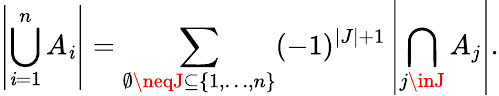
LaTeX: \left|\bigcup_{\mathit{i}=1}^{n}A_{\mathit{i}}\right|=\sum_{\emptyset\neqJ\subseteq\{ 1,\ldots,n\} }(-1)^{|J|+1}\left|\bigcap_{j\inJ}A_{j}\right|.